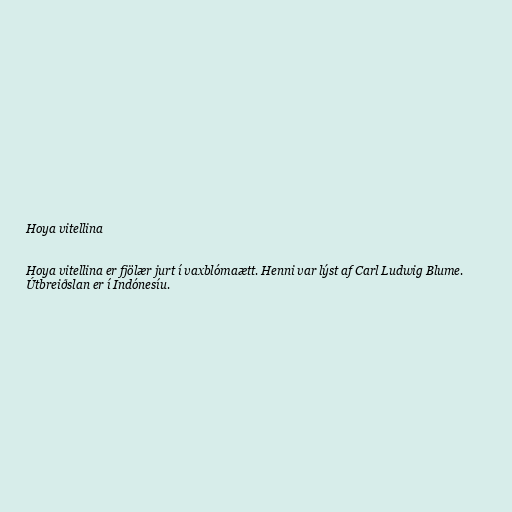
Hoya vitellina

Hoya vitellina er fjölær jurt í vaxblómaætt. Henni var lýst af Carl Ludwig Blume.
Útbreiðslan er í Indónesíu.